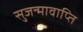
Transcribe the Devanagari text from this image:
सुजन्मावाप्ति